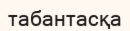
табантасқа